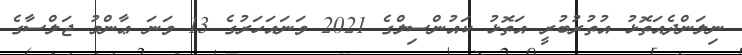
ނިލަންދެއަތޮޅު އުތުރުބުރީ އަތޮޅު ކައުންސިލްގެ 2021 ވަނައަހަރުގެ 13 ވަނަ ޢާންމު ޖަލްސާގެ